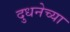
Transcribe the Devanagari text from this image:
दुधनेच्या